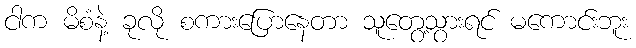
ငါက မိစံနဲ့ ခုလို စကားပြောနေတာ သူတွေ့သွားရင် မကောင်းဘူး